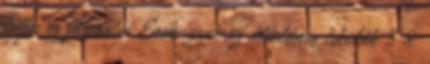
céljai és feladatai Ének-zene az általános iskolák 5 8.